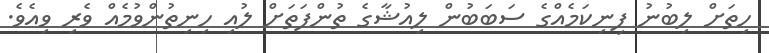
ހިތަށް ލިބުނު ފިނިކަމެއްގެ ސަބަބުން ލިއުޝާގެ ތުންފަތަށް ލުއި ހިނިތުންވުމެއް ވެރި ވިއެވެ.